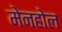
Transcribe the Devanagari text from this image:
मेनहोल